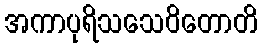
အကာပုရိသသေဝိတောတိ